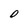
Character: 0